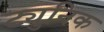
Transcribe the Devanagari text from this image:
ट्युनिक